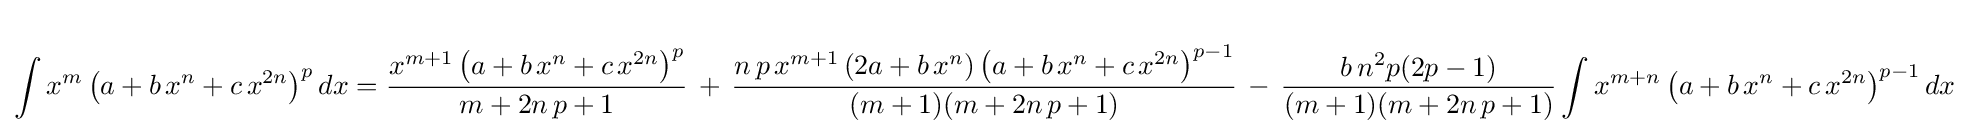
\int x^{m}\left(a+b\,x^{n}+c\,x^{2n}\right)^{p}dx={\frac {x^{m+1}\left(a+b\,x^{n}+c\,x^{2n}\right)^{p}}{m+2n\,p+1}}\,+\,{\frac {n\,p\,x^{m+1}\left(2a+b\,x^{n}\right)\left(a+b\,x^{n}+c\,x^{2n}\right)^{p-1}}{(m+1)(m+2n\,p+1)}}\,-\,{\frac {b\,n^{2}p(2p-1)}{(m+1)(m+2n\,p+1)}}\int x^{m+n}\left(a+b\,x^{n}+c\,x^{2n}\right)^{p-1}dx